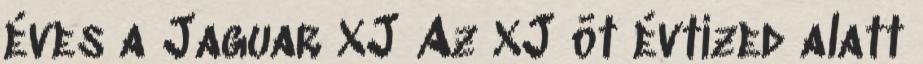
éves a Jaguar XJ Az XJ öt évtized alatt